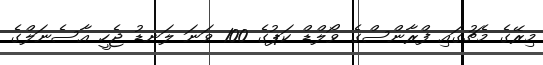
މިރޭގެ މެޗުގައި ފްރާންސްގެ ވޯލްޑް ކަޕުގެ 100 ވަނަ ލަނޑު ޖެހީ އާސެނަލްގެ